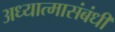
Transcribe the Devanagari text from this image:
अध्यात्मासंबंधी